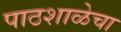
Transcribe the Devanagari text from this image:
पाठशाळेचा